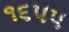
૧૬૫૫